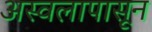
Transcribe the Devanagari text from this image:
अस्वलापासून